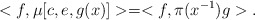
\begin{align*}<f,\mu[c,e,g(x)]>=<f,\pi(x^{-1})g>.\end{align*}